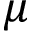
\mu